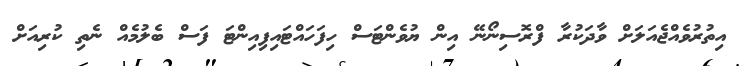
އިތުރުވެއްޖެއަލަށް ވާދަކުރާ ފްރޮސިނޯނޭ އިން ޔުވެންޓަސް ހިފަހައްޓައިފިއިންޓަ ފަސް ބެލުމެއް ނެތި ކުރިއަށް